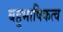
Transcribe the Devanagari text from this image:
बहुभाषिकत्व